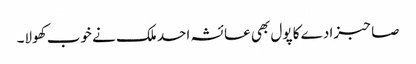
صاحبزادے کا پول بھی عائشہ احد ملک نے خوب کھولا۔